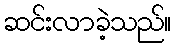
ဆင်းလာခဲ့သည်။